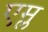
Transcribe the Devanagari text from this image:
एम्ल